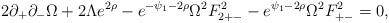
LaTeX: \begin{align*}2\partial_+ \partial_- \Omega +2\Lambda e^{2\rho}-e^{-\psi_1-2\rho}\Omega^2 F^2_{2+-}-e^{\psi_1-2\rho}\Omega^2 F^2_{+-}=0 ,\end{align*}